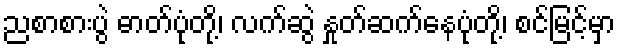
ညစာစားပွဲ ဓာတ်ပုံတို့၊ လက်ဆွဲ နှုတ်ဆက်နေပုံတို့၊ စင်မြင့်မှာ